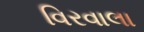
વિરવાલા